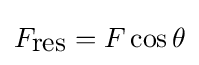
F_{\mbox{res}}=F\cos \theta